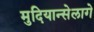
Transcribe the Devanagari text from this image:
मुदियान्सेलागे